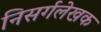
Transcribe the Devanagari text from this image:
निसर्गलेखक